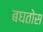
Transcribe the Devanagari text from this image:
बघतोस